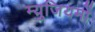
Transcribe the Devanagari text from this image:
म्युजियमों